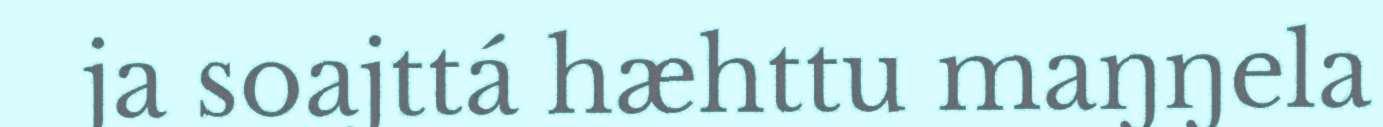
ja soajttá hæhttu maŋŋela